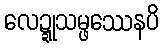
လေဍ္ဍုသမ္ဖဿေနပိ